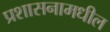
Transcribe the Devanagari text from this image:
प्रशासनामधील